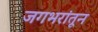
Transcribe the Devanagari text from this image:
जगभरांतून